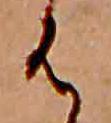
は